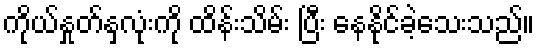
ကိုယ်နှုတ်နှလုံးကို ထိန်းသိမ်း ပြီး နေနိုင်ခဲ့သေးသည်။